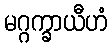
မဂ္ဂက္ခာယီဟံ